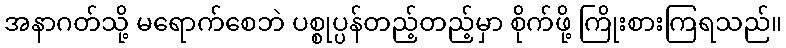
အနာဂတ်သို့ မရောက်စေဘဲ ပစ္စုပ္ပန်တည့်တည့်မှာ စိုက်ဖို့ ကြိုးစားကြရသည်။